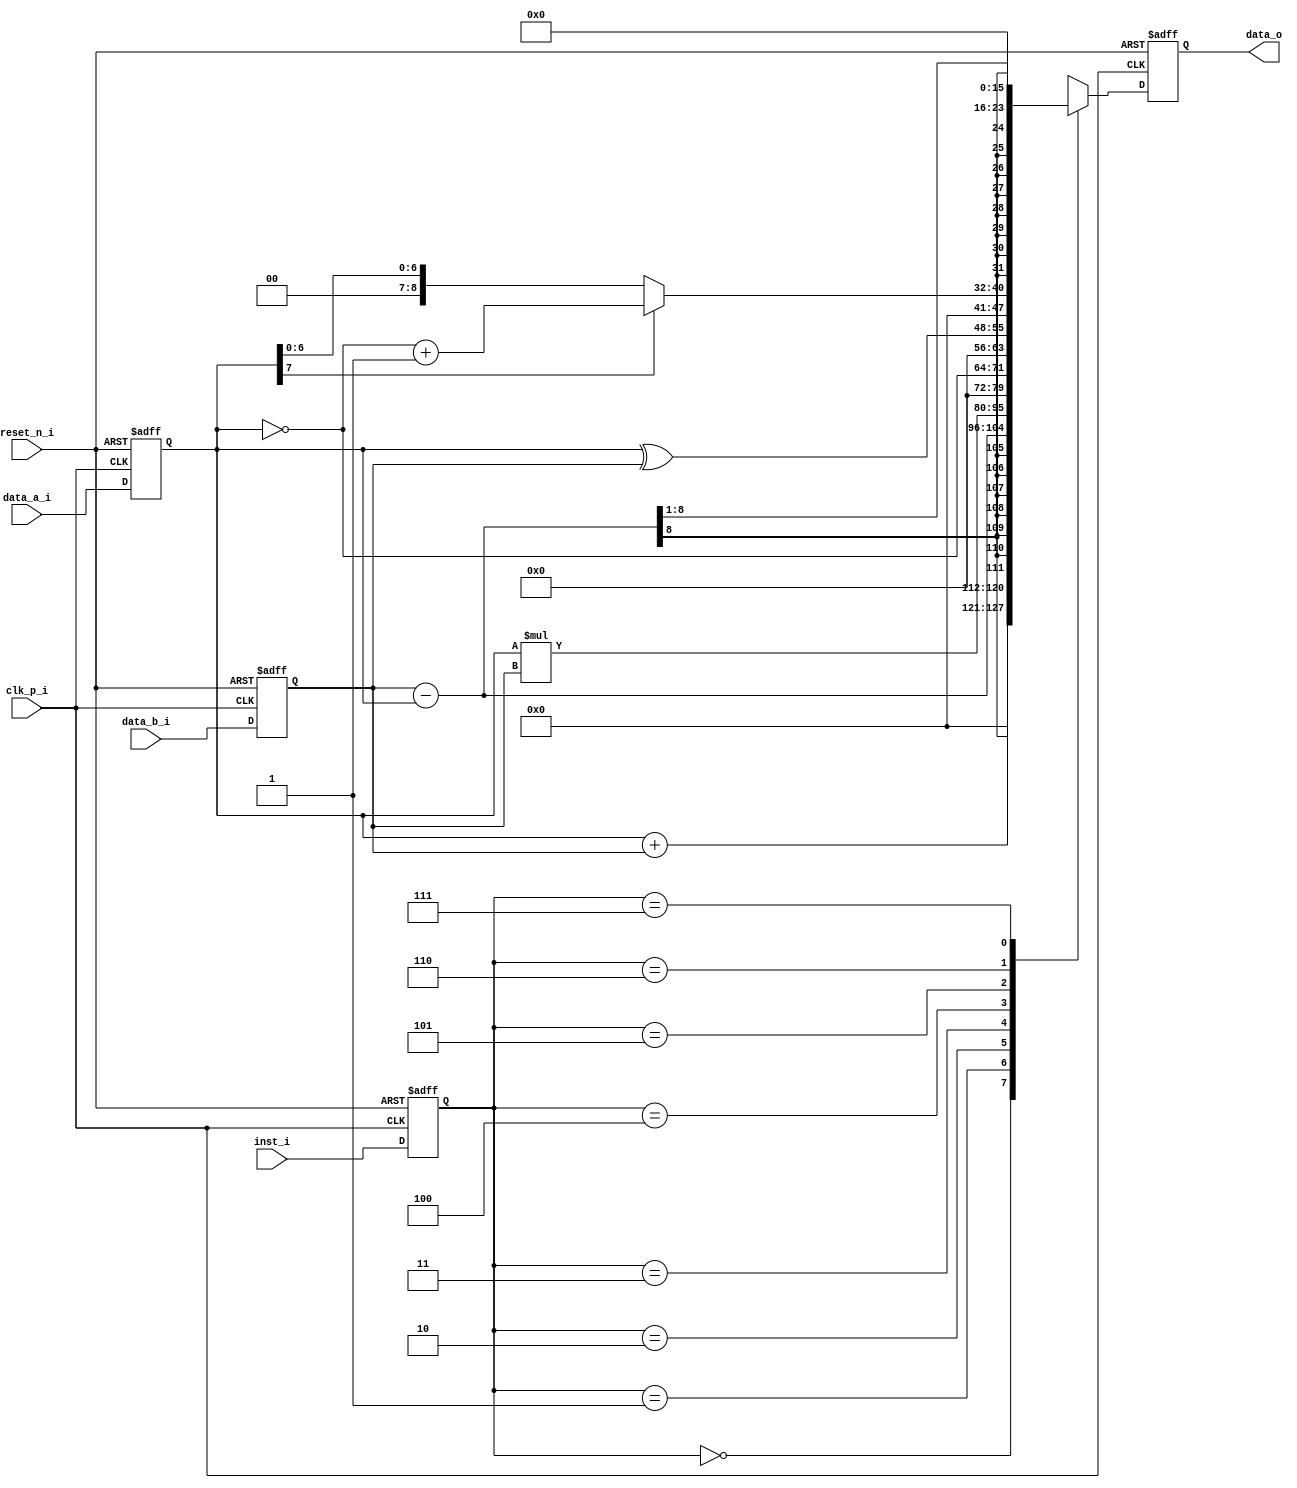
module alu(
clk_p_i,
reset_n_i,
data_a_i,
data_b_i,
inst_i,
data_o
);
/* ============================================ */
input clk_p_i;
input reset_n_i;
input [7:0] data_a_i;
input [7:0] data_b_i;
input [2:0] inst_i;
output [15:0] data_o;
/* ============================================ */
/*
wire [ :0] out_inst_0;
wire [ :0] out_inst_1;
wire [ :0] out_inst_2;
wire [ :0] out_inst_3;
wire [ :0] out_inst_4;
wire [ :0] out_inst_5;
wire [ :0] out_inst_6;
wire [ :0] out_inst_7;
*/
reg [15:0] ALU_out_inst;
wire [15:0] ALU_d2_w;
wire [15:0] Sub;
reg [15:0] ALU_d2_r;
reg [2:0] Inst_o_r;
reg [7:0] Data_A_o_r;
reg [7:0] Data_B_o_r;
assign ALU_d2_w = ALU_out_inst;
assign data_o = ALU_d2_r;
assign Sub = {8'b0,Data_B_o_r} - {8'b0,Data_A_o_r};
/* ============================================ */
// The output MUX
always@ *
begin
case(Inst_o_r)
3'b000: ALU_out_inst = Data_A_o_r + Data_B_o_r;
3'b001: ALU_out_inst = Sub;
3'b010: ALU_out_inst = Data_A_o_r * Data_B_o_r;
3'b011: ALU_out_inst = {8'b0,~Data_A_o_r};
3'b100: ALU_out_inst = {8'b0,Data_A_o_r ^ Data_B_o_r};
3'b101: ALU_out_inst = (Data_A_o_r[7]==0)? {8'b0,Data_A_o_r} :
{8'b0,~Data_A_o_r}+1;
3'b110: ALU_out_inst = {Sub[15],Sub[15:1]};
3'b111: ALU_out_inst = 0;
default: ALU_out_inst = 0;
endcase
end
/* ============================================ */
always@(posedge clk_p_i or negedge reset_n_i)
begin
if (reset_n_i == 1'b0)
begin
ALU_d2_r <= 0 ;
Data_A_o_r <= 0 ;
Data_B_o_r <= 0 ;
Inst_o_r <= 3'b111 ;
end
else
begin
ALU_d2_r <= ALU_d2_w;
Data_A_o_r <= data_a_i ;
Data_B_o_r <= data_b_i ;
Inst_o_r <= inst_i ;
end
end
/* ============================================ */
endmodule